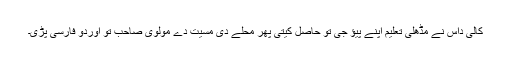
کالی داس نے مڈھلی تعلیم اپنے پیؤ جی تو حاصل کیتی پھر محلے دی مسیت دے مولوی صاحب تو اوردو فارسی پڑی۔